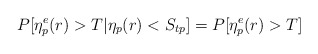
\begin{align*}P[{\eta}^e_p(r)>T|\eta_p(r)<S_{tp}]=P[{\eta}^e_p(r)>T]\end{align*}